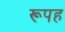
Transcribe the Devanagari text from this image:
रूपह